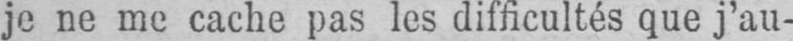
je ne me cache pas les difficultés que j’au-